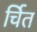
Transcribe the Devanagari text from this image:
र्चित